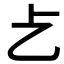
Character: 𠧒